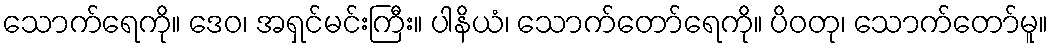
သောက်ရေကို။ ဒေဝ၊ အရှင်မင်းကြီး။ ပါနိယံ၊ သောက်တော်ရေကို။ ပိဝတု၊ သောက်တော်မူ။